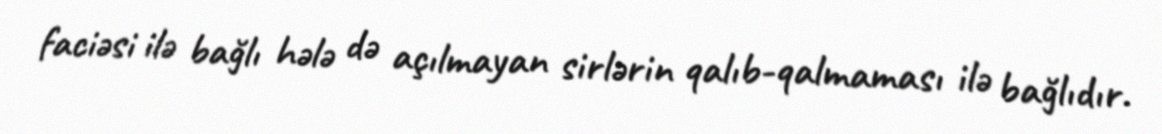
faciəsi ilə bağlı hələ də açılmayan sirlərin qalıb-qalmaması ilə bağlıdır.